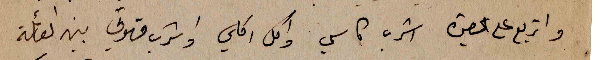
واتربع على الحصيرة اشرب كاسي واكل اكلي واشرب قهوتي بين العائلة